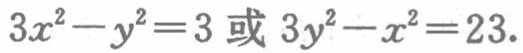
\(3x^{2}-y^{2}=3或3y^{2}-x^{2}=23\)